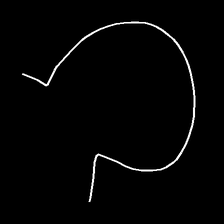
Glyph: weave